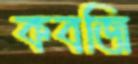
কবজি